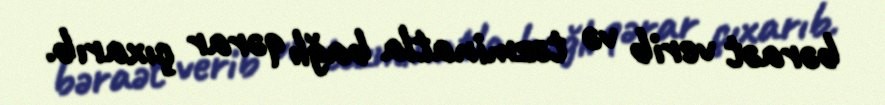
bəraət verib və təzminatla bağlı qərar çıxarıb.